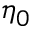
\eta _ { 0 }